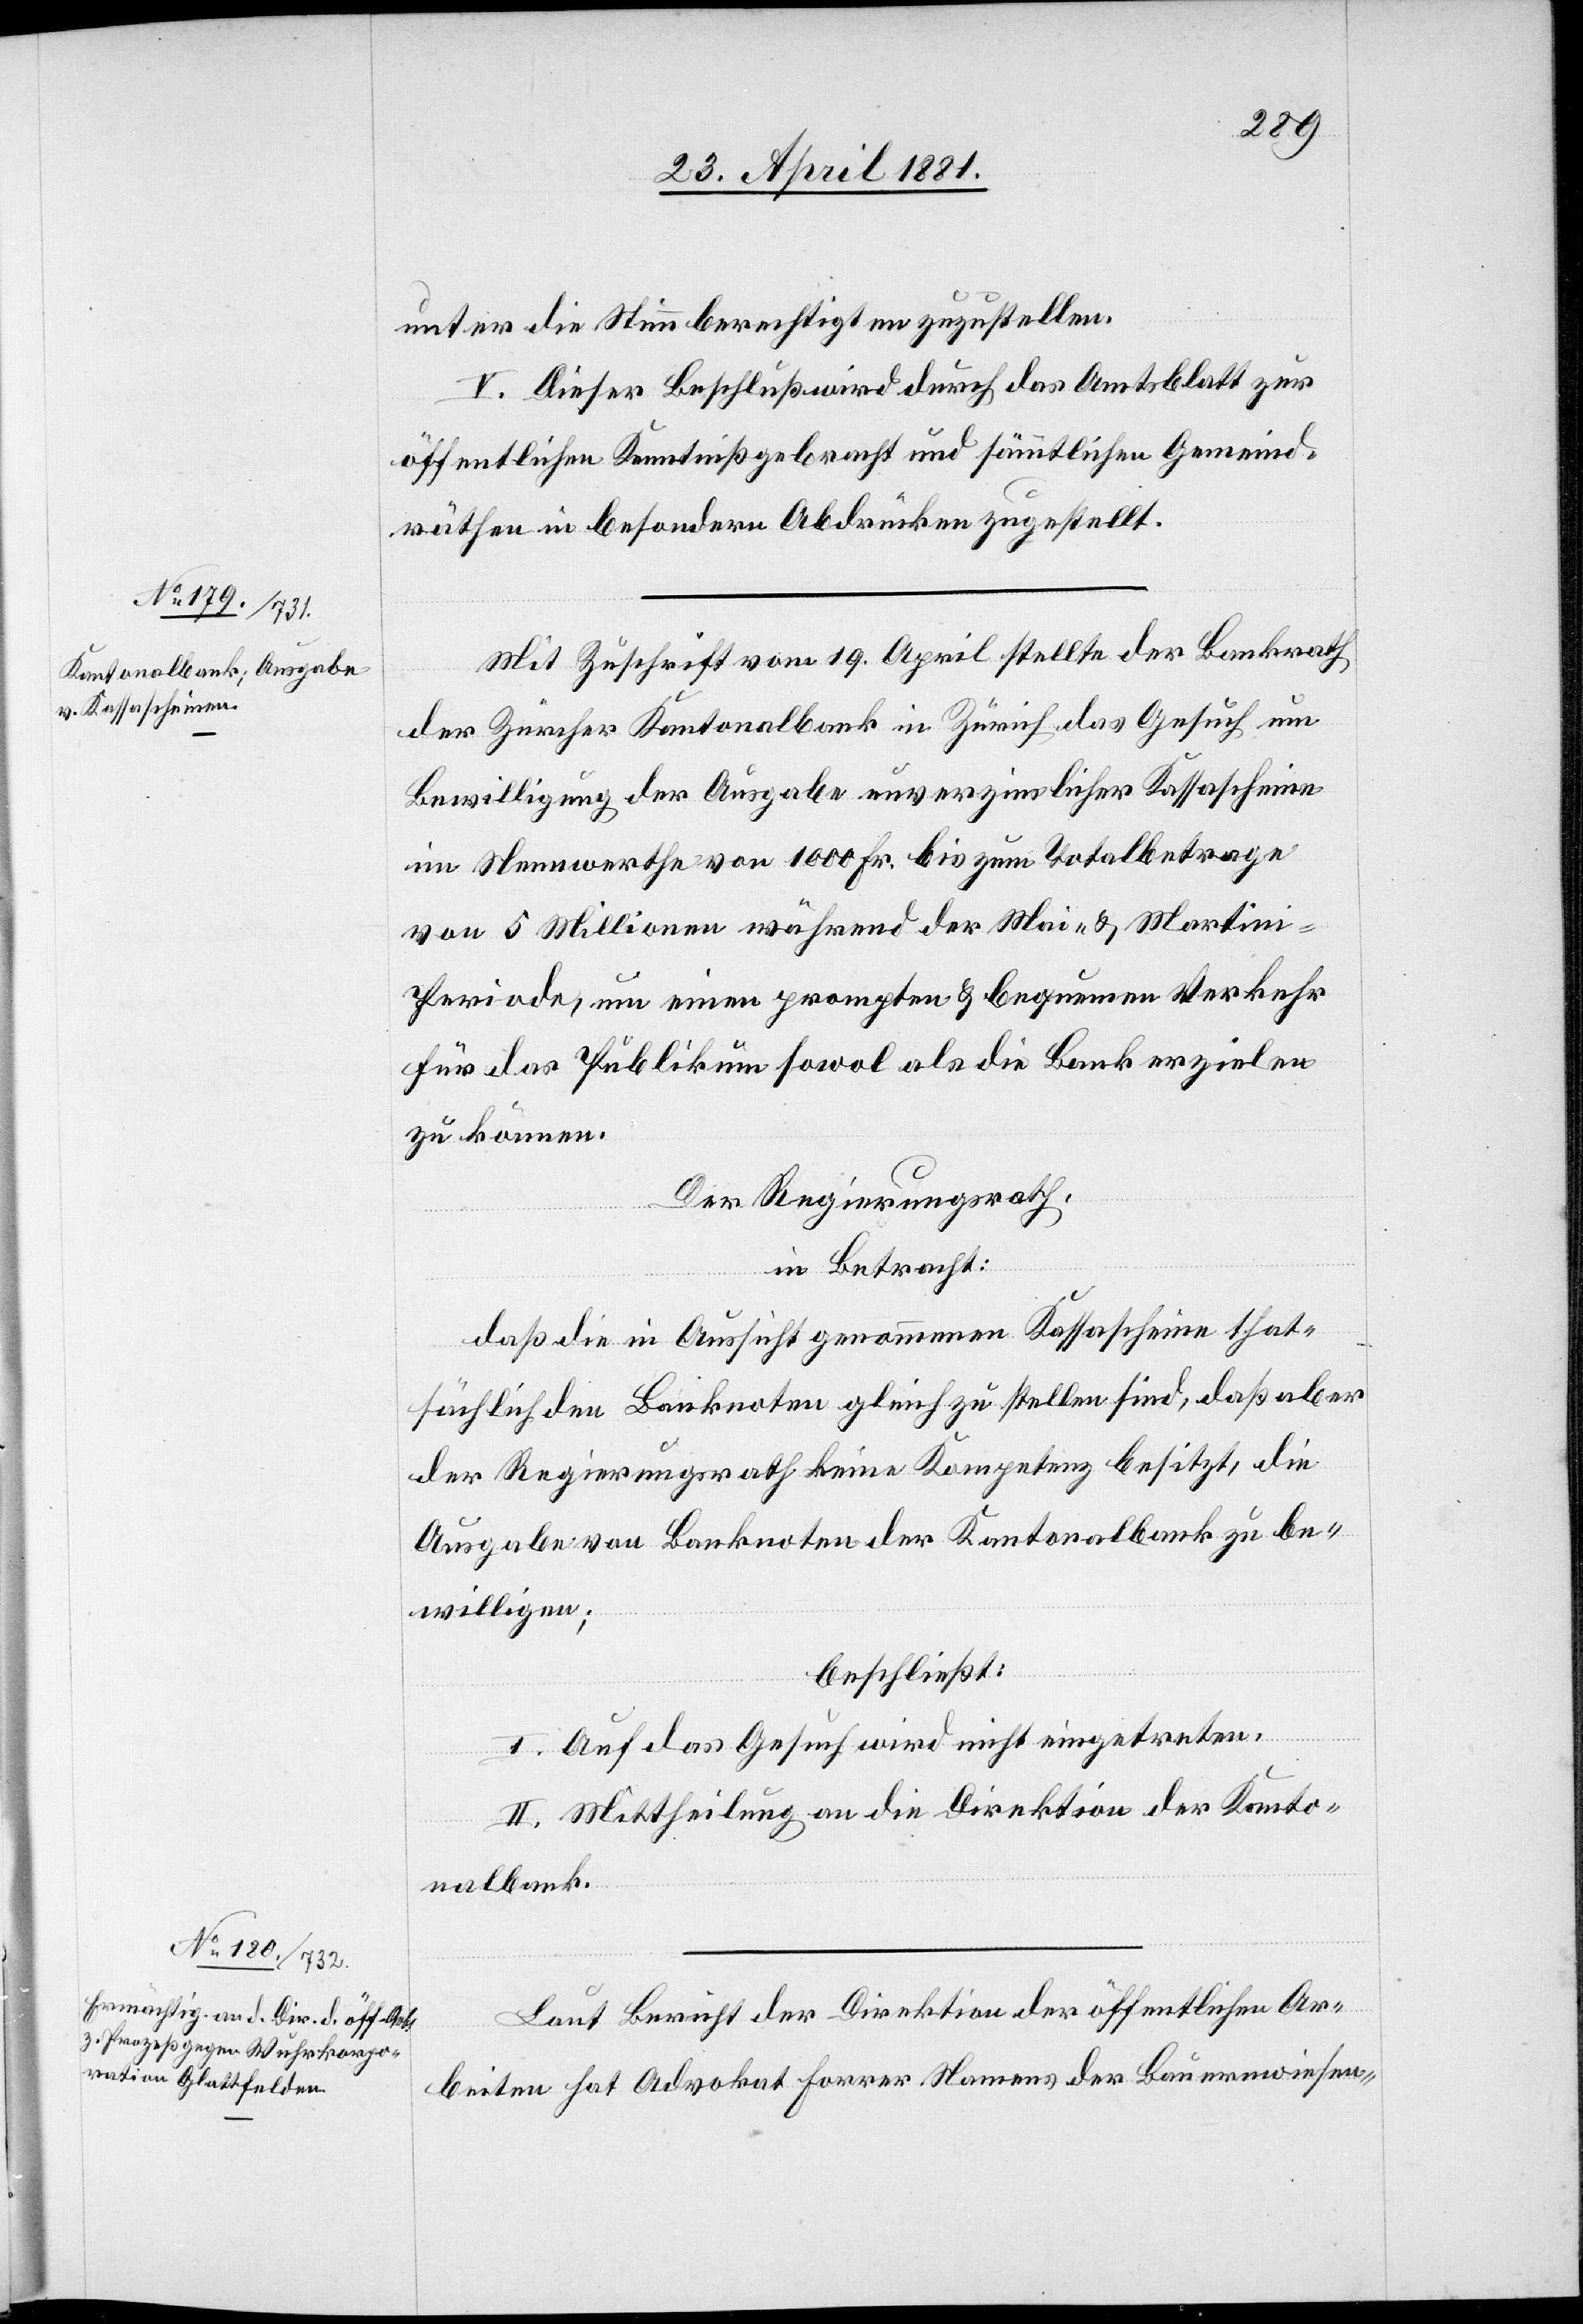
unter die Stimmberechtigten zuzustellen.
V. Dieser Beschluß wird durch das Amtsblatt zur
öffentlichen Kenntniß gebracht und sämtlichen Gemeind¬
räthen in besondern Abdrücken zugestellt.
Mit Zuschrift vom 19. April stellte der Bankrath
der Zürcher Kantonalbank in Zürich das Gesuch um
Bewilligung der Ausgabe unverzinslicher Kassascheine
im Nennwerth von 1000 Fr. bis zum Totalbetrage
von 5 Millionen während der Mai- & Martin¬
i-Periode, um einen prompten & bequemen Verkehr
für das Publikum sowol als die Bank erzielen
zu können.
Der Regierungsrath,
in Betracht:
daß die in Aussicht genommenen Kassascheine that¬
sächlich den Banknoten gleich zu stellen sind, daß aber
der Regierungsrath keine Kompetenz besitzt, die
Ausgaben von Banknoten der Kantonalbank zu be¬
willigen;
beschließt:
I. Auf das Gesuch wird nicht eingetreten.
II. Mittheilung an die Direktion der Kanto¬
nalbank.
Laut Bericht der Direktion öffentlichen Ar¬
beiten hat Advokat Forrer Namens der Bauernwiesen-